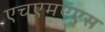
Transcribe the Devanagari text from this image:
एचएमएएस